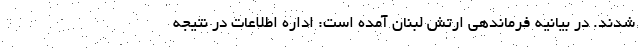
شدند. در بیانیه فرماندهی ارتش لبنان آمده است: اداره اطلاعات در نتیجه